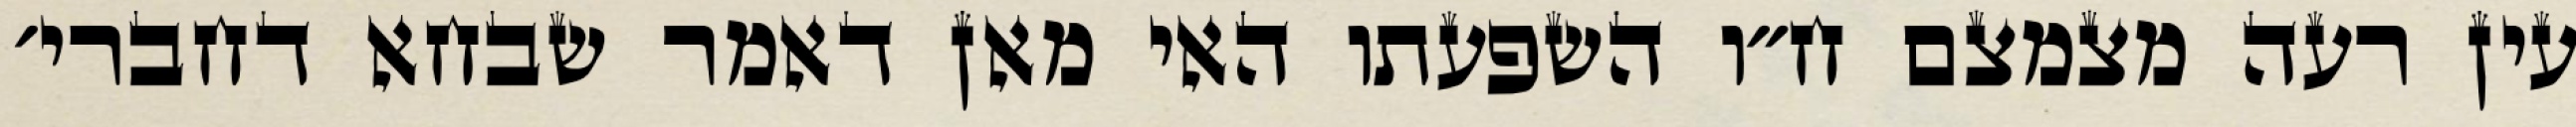
עין רעה מצמצם ח״ו השפעתו האי מאן דאמר שבחא דחברי׳